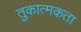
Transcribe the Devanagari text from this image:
तुकात्मकता